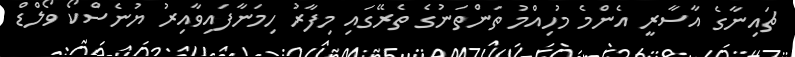
ޗައިނާގެ އާސާރީ އެންމެ މުހިއްމު ތަންތަނުގެ ތެރޭގައި މިފާރު ހިމަނާފައިވާއިރު ޔުނެސްކޯ ވޯލްޑް